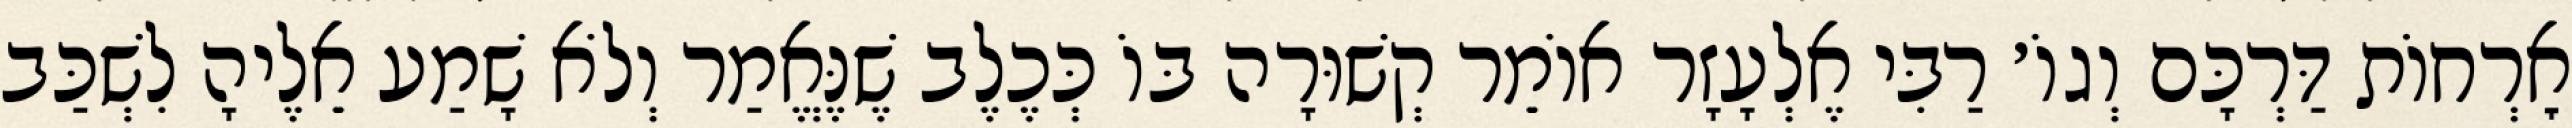
אׇרְחוֹת דַּרְכָּם וְגוֹ׳ רַבִּי אֶלְעָזָר אוֹמֵר קְשׁוּרָה בּוֹ כְּכֶלֶב שֶׁנֶּאֱמַר וְלֹא שָׁמַע אֵלֶיהָ לִשְׁכַּב